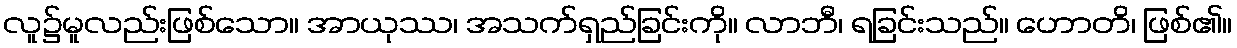
လူ၌မူလည်းဖြစ်သော။ အာယုဿ၊ အသက်ရှည်ခြင်းကို။ လာဘီ၊ ရခြင်းသည်။ ဟောတိ၊ ဖြစ်၏။